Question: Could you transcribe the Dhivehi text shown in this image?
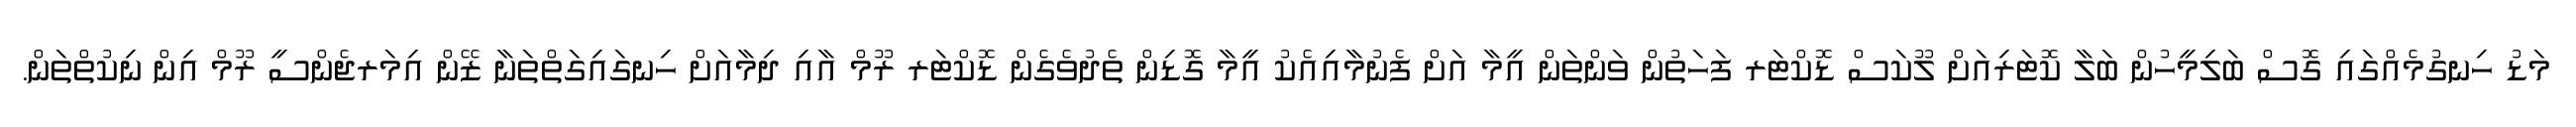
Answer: މަޑު ހިނގުމެއްގައި ގޮސް ބަލިމީހުން ބަލާ ކޮޓަރިއަށް ލޫކަސް ޑޮކްޓަރ ފަހަތުން ވަންތަން އީމާ އަށް ފެނުމާއިއެކު އީމާ ގޮޑިން ތެދުވެގެން ޑޮކްޓަރ ރޫމް އާއި ދިމާއަށް ހިނގައިގަތްތަނާ ޒޭން އިމަރޖެންސީ ރޫމް އިން ނިކުތްތަން.